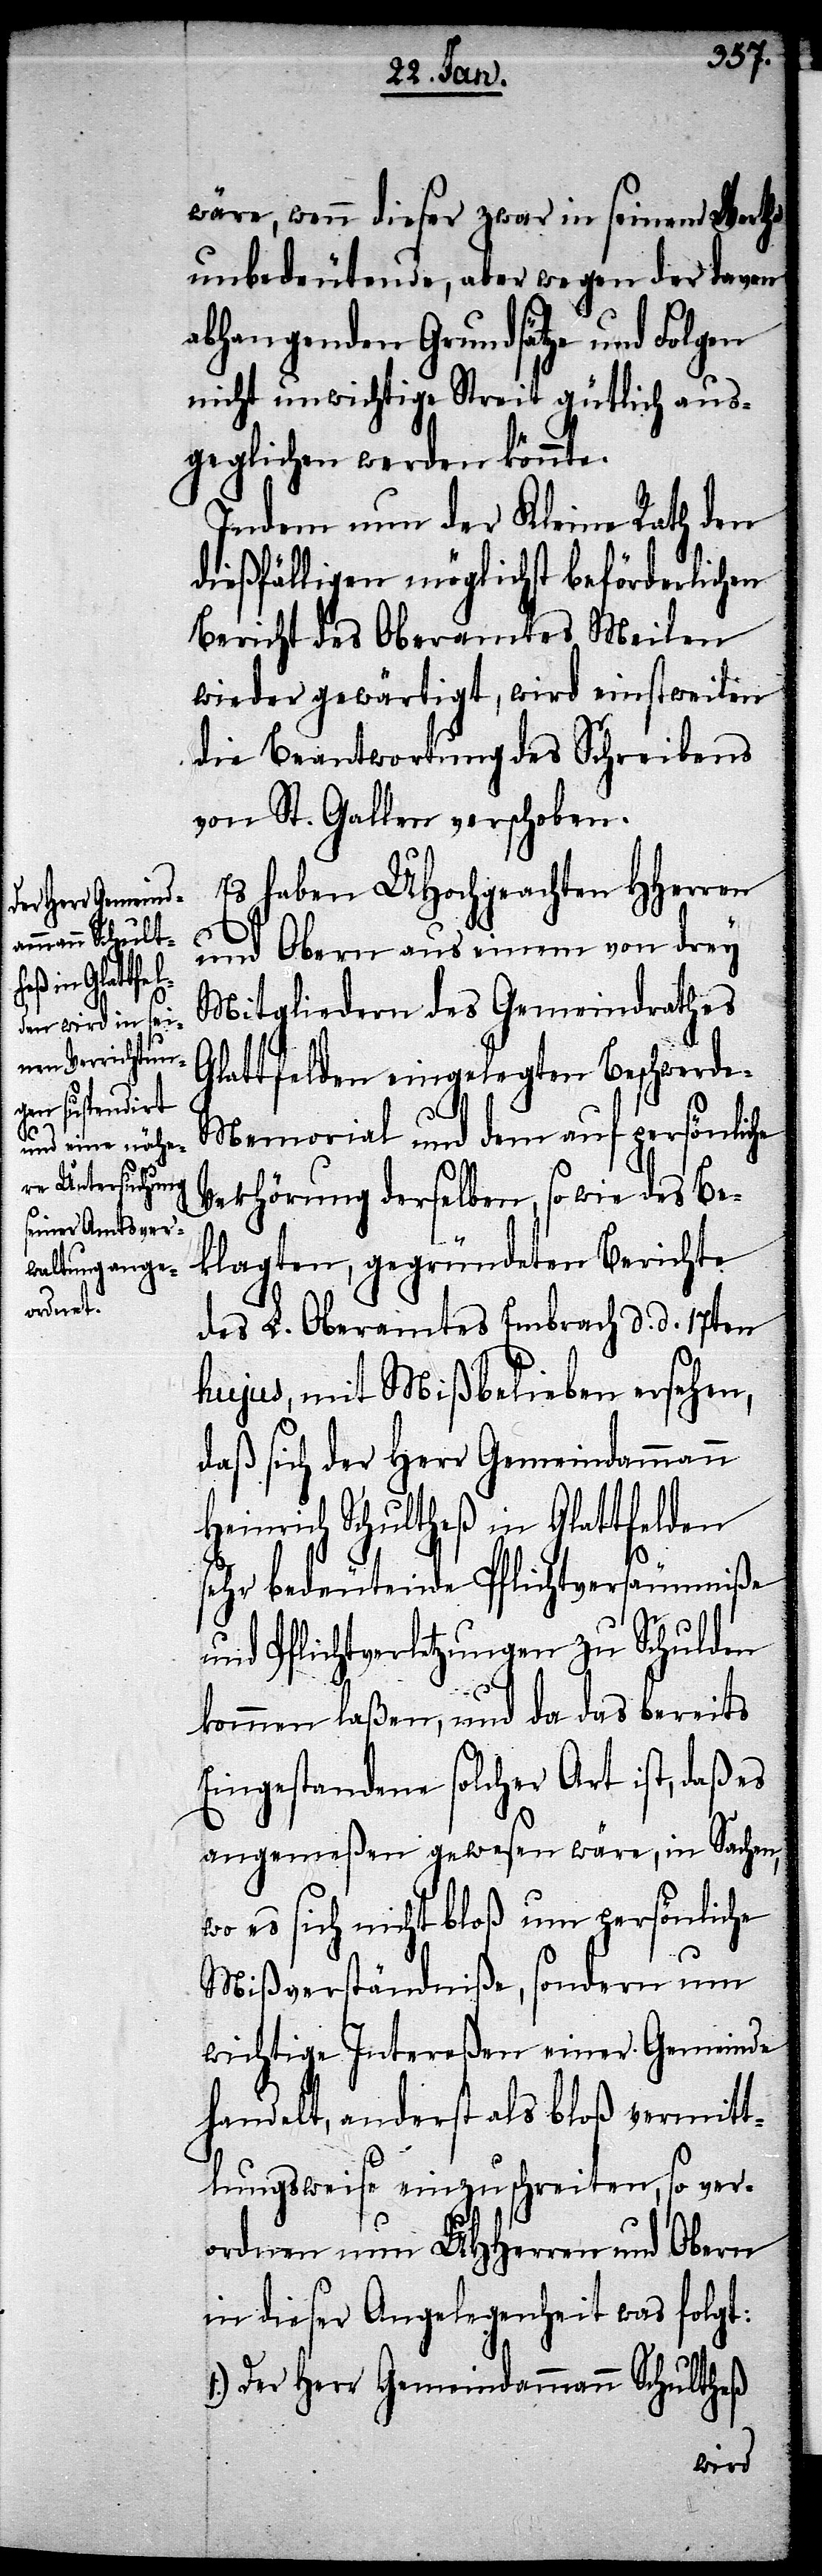
wäre, wenn dieser zwar in seinem Werthe
unbedeutende, aber wegen der davon
abhangenden Grundsätze und Folgen
nicht unwichtige Streit güthlich aus¬
geglichen werden könnte.
Indem nun der Kleine Rath den
dießfälligen möglichst beförderlichen
Bericht des Oberamtes Meilen
wieder gewärtigt, wird einstweilen
die Beantwortung des Schreibens
von St. Gallen verschoben.
Es haben UHochgeachten HHerren
und Obern aus einem von drey
Mitliedern des Gemeindrathes
Glattfelden eingelegten Beschwerde-M¬
emorial und dem auf persönliche
Verhörung derselben, sowie des Be¬
klagten, gegründeten Berichte
des L. Oberamtes Embrach d. d. 17.
hujus, mit Mißbelieben ersehen,
daß sich der Herr Gemeindammann
Heinrich Schultheß in Glattfelden
sehr bedeutende Pflichtversäumniße
und Pflichtverletzungen zu Schulden
kommen laßen, und da das bereits
Eingestandene solcher Art ist, daß es
angemeßen gewesen wäre, in Sachen,
wo es sich nicht bloß um persönliche
Mißverständniße, sondern um
wichtige Intereßen einer Gemeinde
handelt, anderst als bloß vermit¬
tlungsweise einzuschreiten, so ver¬
ordnen nun UHHerren und Obern
in dieser Angelegenheit was folgt:
1.) Der Herr Gemeindammann Schultheß